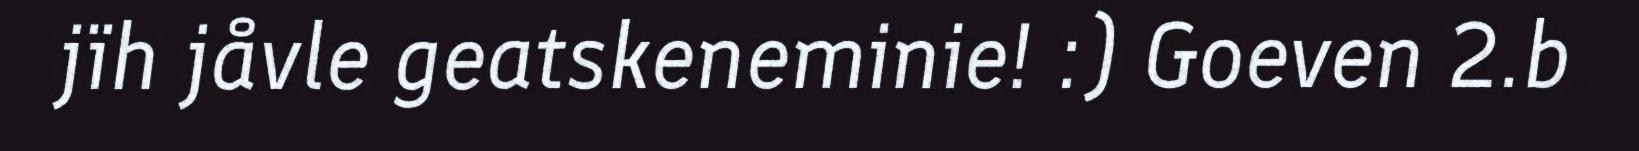
jïh jåvle geatskeneminie! :) Goeven 2.b